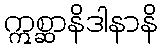
ဣစ္ဆာနိဒါနာနိ